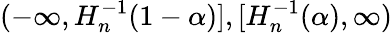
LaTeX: (-\infty,H_{n}^{-1}(1-\alpha)],[H_{n}^{-1}(\alpha),\infty)